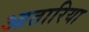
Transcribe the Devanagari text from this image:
आतारिया